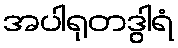
အပါရုတဒွါရံ